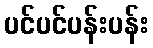
ပင်ပင်ပန်းပန်း